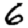
Digit: 6